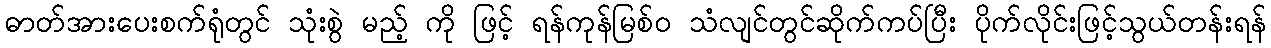
ဓာတ်အားပေးစက်ရုံတွင် သုံးစွဲ မည့် ကို ဖြင့် ရန်ကုန်မြစ်ဝ သံလျင်တွင်ဆိုက်ကပ်ပြီး ပိုက်လိုင်းဖြင့်သွယ်တန်းရန်